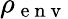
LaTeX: \rho_{\mathrm{~e~n~v~}}